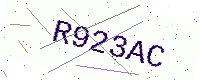
Text: R923AC